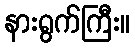
နားရွက်ကြီး။